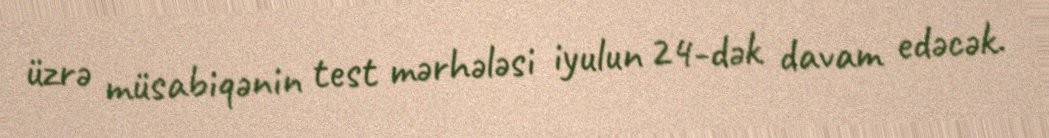
üzrə müsabiqənin test mərhələsi iyulun 24-dək davam edəcək.